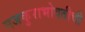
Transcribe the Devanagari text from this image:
मजकुराभोवतीची